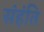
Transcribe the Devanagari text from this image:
संहंति